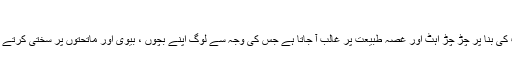
 غصے کا غلبہ
روزے کی حالت میں اعصاب کی کمزوری اور بھوک پیاس کی شدت کی بنا پر چڑ چڑ اہٹ اور غصہ طبیعت پر غالب آ جاتا ہے جس کی وجہ سے لوگ اپنے بچوں ، بیوی اور ماتحتوں پر سختی کرتے اور ان پر چیخ پکار کے ذریعے اپنی جھنجلاہٹ کا اظہار کرتے ہیں ۔